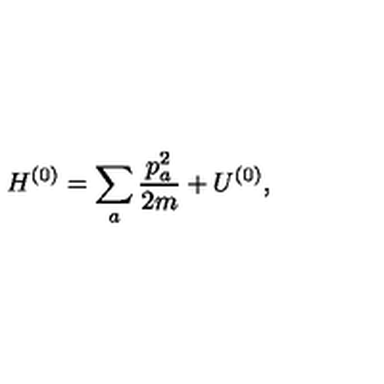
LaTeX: H ^ { ( 0 ) } = \sum _ { a } \frac { p _ { a } ^ { 2 } } { 2 m } + U ^ { ( 0 ) } ,